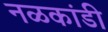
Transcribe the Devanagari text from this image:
नळकांडी